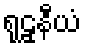
ရုဠှနီယံ